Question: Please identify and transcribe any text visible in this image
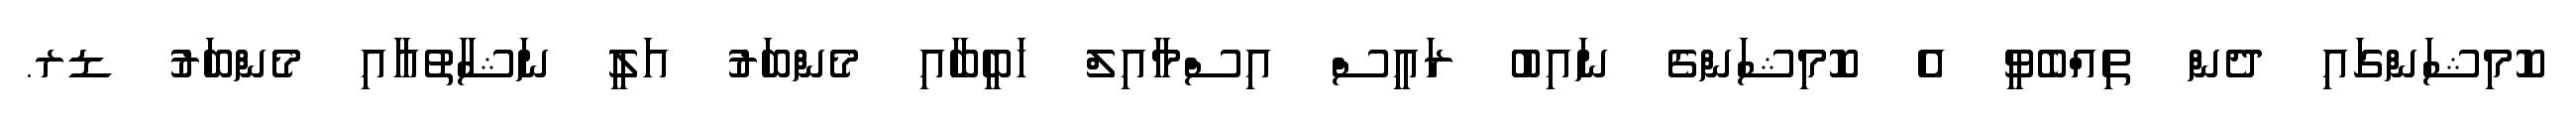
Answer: ކޮމިޝަންގައި ދެން ތިއްބެވީ އެ ކޮމިޝަންގެ ނައިބު ރައީސް އިސްމާއިލް ހަބީބާއި މެންބަރު އަލީ ނަޝާތުއާއި މެންބަރު ޑރ.